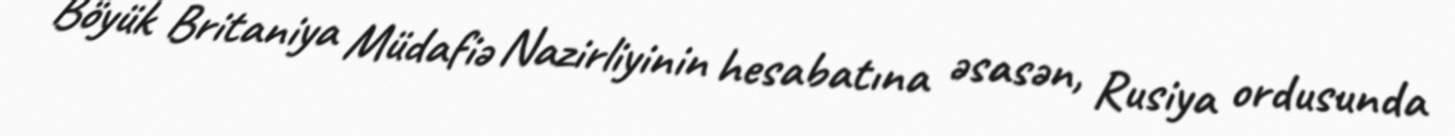
Böyük Britaniya Müdafiə Nazirliyinin hesabatına əsasən, Rusiya ordusunda